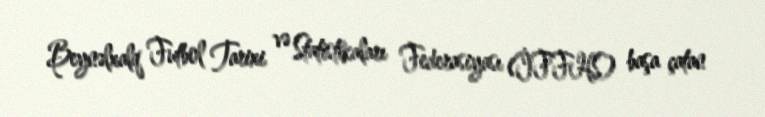
Beynəlxalq Futbol Tarixi və Statistikaları Federasiyası (İFFHS) başa çatan